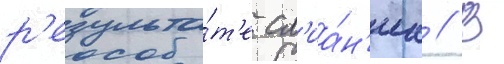
р'езульта́т'е сл'иа́н'иа // В